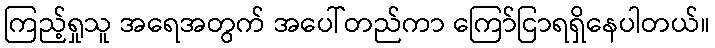
ကြည့်ရှုသူ အရေအတွက် အပေါ်တည်ကာ ကြော်ငြာရရှိနေပါတယ်။